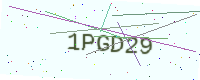
Text: 1PGD29